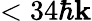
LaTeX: <34\hbar\mathbf{k}